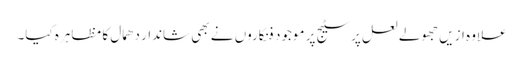
علاوہ ازیں جھولے لعل پر سٹیج پر موجود فنکاروں نے بھی شاندار دھمال کا مظاہرہ کیا۔